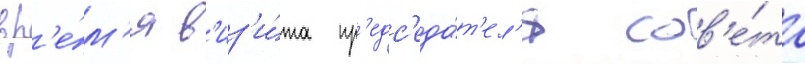
вр'е́м'я в'из'и́та пр'едс'еда́т'ел'я сов'е́та